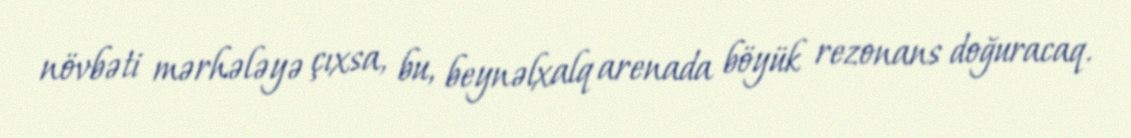
növbəti mərhələyə çıxsa, bu, beynəlxalq arenada böyük rezonans doğuracaq.